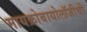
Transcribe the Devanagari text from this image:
मायक्रोबायोलॉजीची